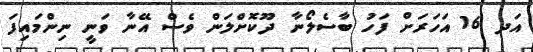
އަދ 16 އަހަރަށް ފަހު ބާސެލޯނާ ދޫކޮށްލަން ވެސް އޭނާ ވަނީ ނިންމައިފަ